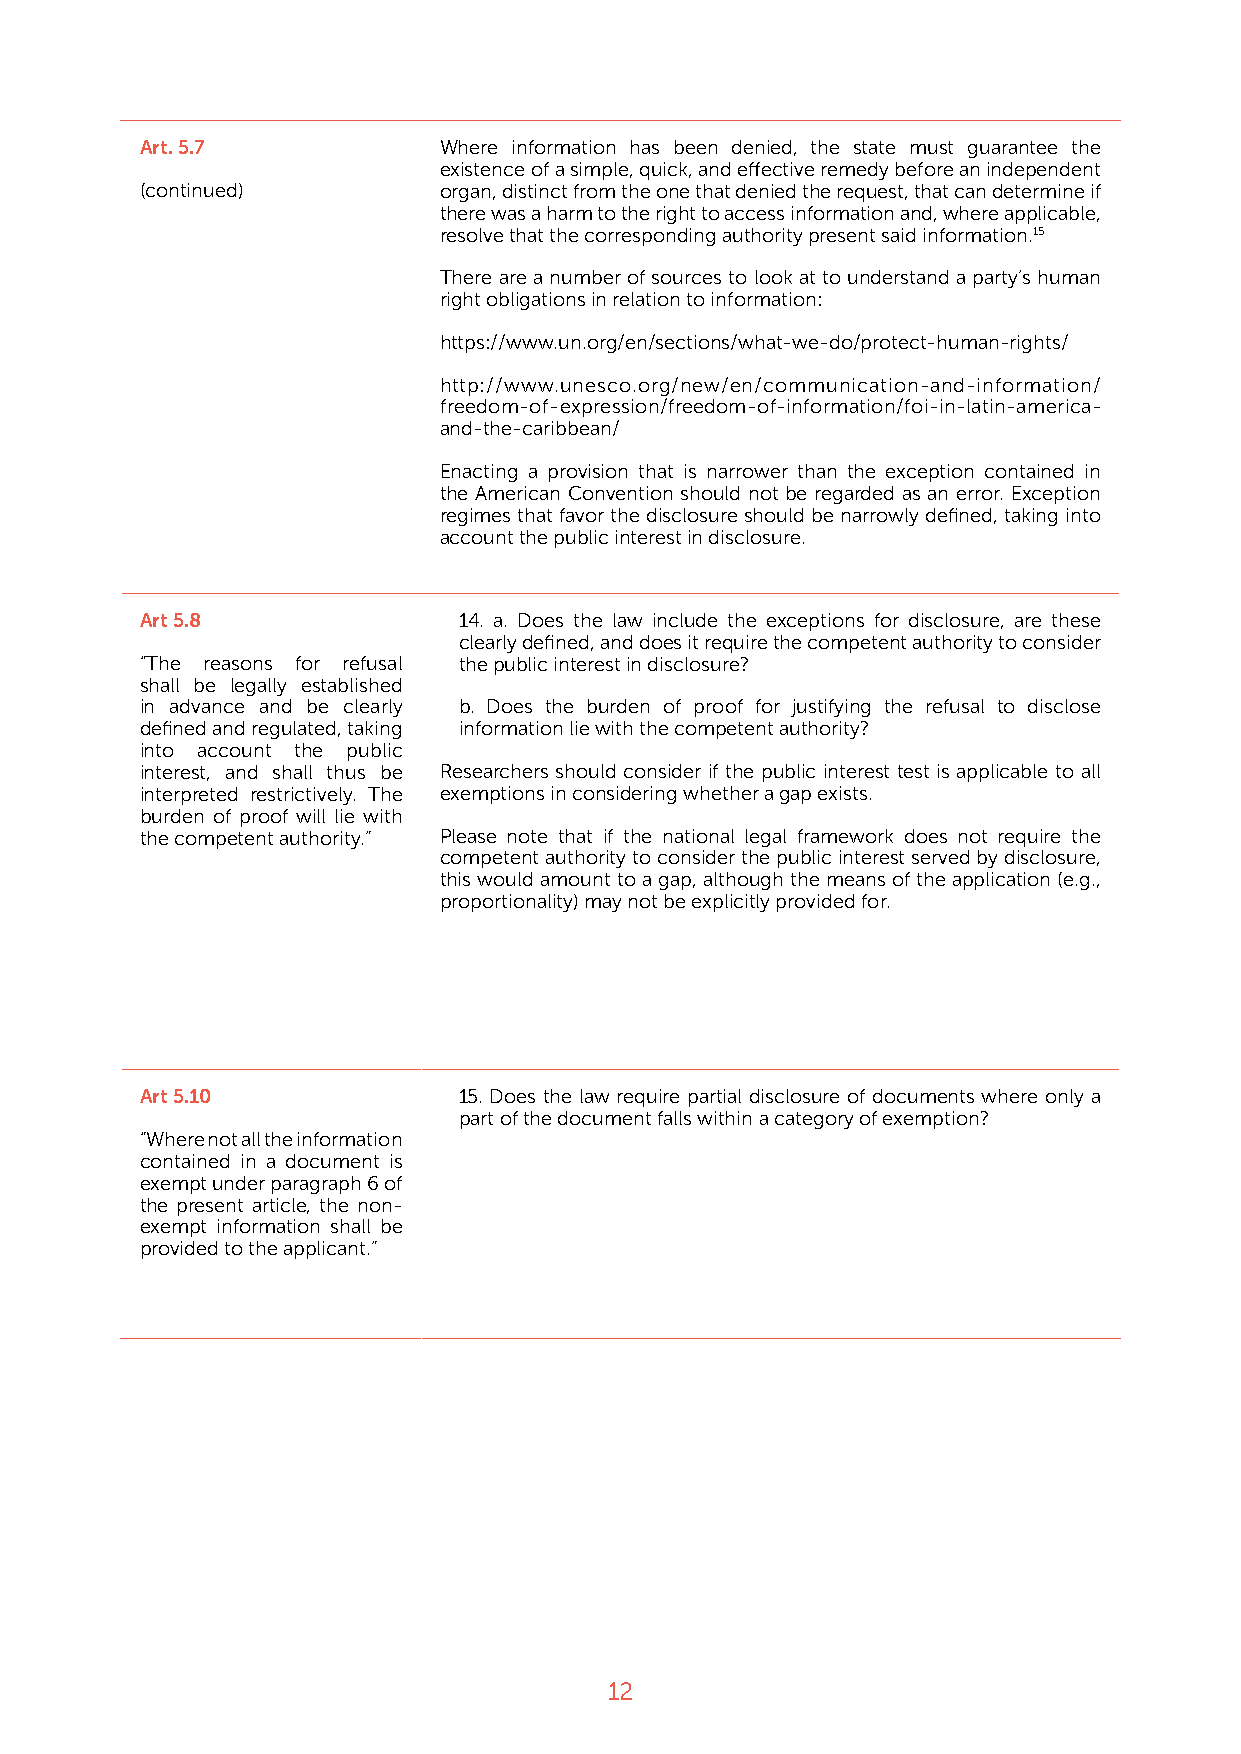
Art. 5.7            Where information has been denied, the state must guarantee the
 existence of a simple, quick, and effective remedy before an independent
 (continued)         organ, distinct from the one that denied the request, that can determine if
 there was a harm to the right to access information and, where applicable,
 resolve that the corresponding authority present said information.15
 There are a number of sources to look at to understand a party’s human
 right obligations in relation to information:
 https://www.un.org/en/sections/what-we-do/protect-human-rights/
 http://www.unesco.org/new/en/communication-and-information/
 freedom-of-expression/freedom-of-information/foi-in-latin-america-
 and-the-caribbean/
 Enacting a provision that is narrower than the exception contained in
 the American Convention should not be regarded as an error. Exception
 regimes that favor the disclosure should be narrowly defined, taking into
 account the public interest in disclosure.
 Art 5.8              14. a. Does the law include the exceptions for disclosure, are these
 clearly defined, and does it require the competent authority to consider
 “The reasons for refusal the public interest in disclosure?
 shall be legally established
 in advance and be clearly b. Does the burden of proof for justifying the refusal to disclose
 defined and regulated, taking information lie with the competent authority?
 into account the public
 interest, and shall thus be Researchers should consider if the public interest test is applicable to all
 interpreted restrictively. The exemptions in considering whether a gap exists.
 burden of proof will lie with
 the competent authority.” Please note that if the national legal framework does not require the
 competent authority to consider the public interest served by disclosure,
 this would amount to a gap, although the means of the application (e.g.,
 proportionality) may not be explicitly provided for.
 Art 5.10             15. Does the law require partial disclosure of documents where only a
 part of the document falls within a category of exemption?
 “Where not all the information
 contained in a document is
 exempt under paragraph 6 of
 the present article, the non-
 exempt information shall be
 provided to the applicant.”
 12